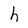
Character: h